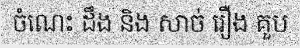
ចំណេះ ដឹង និង សាច់ រឿង គួប